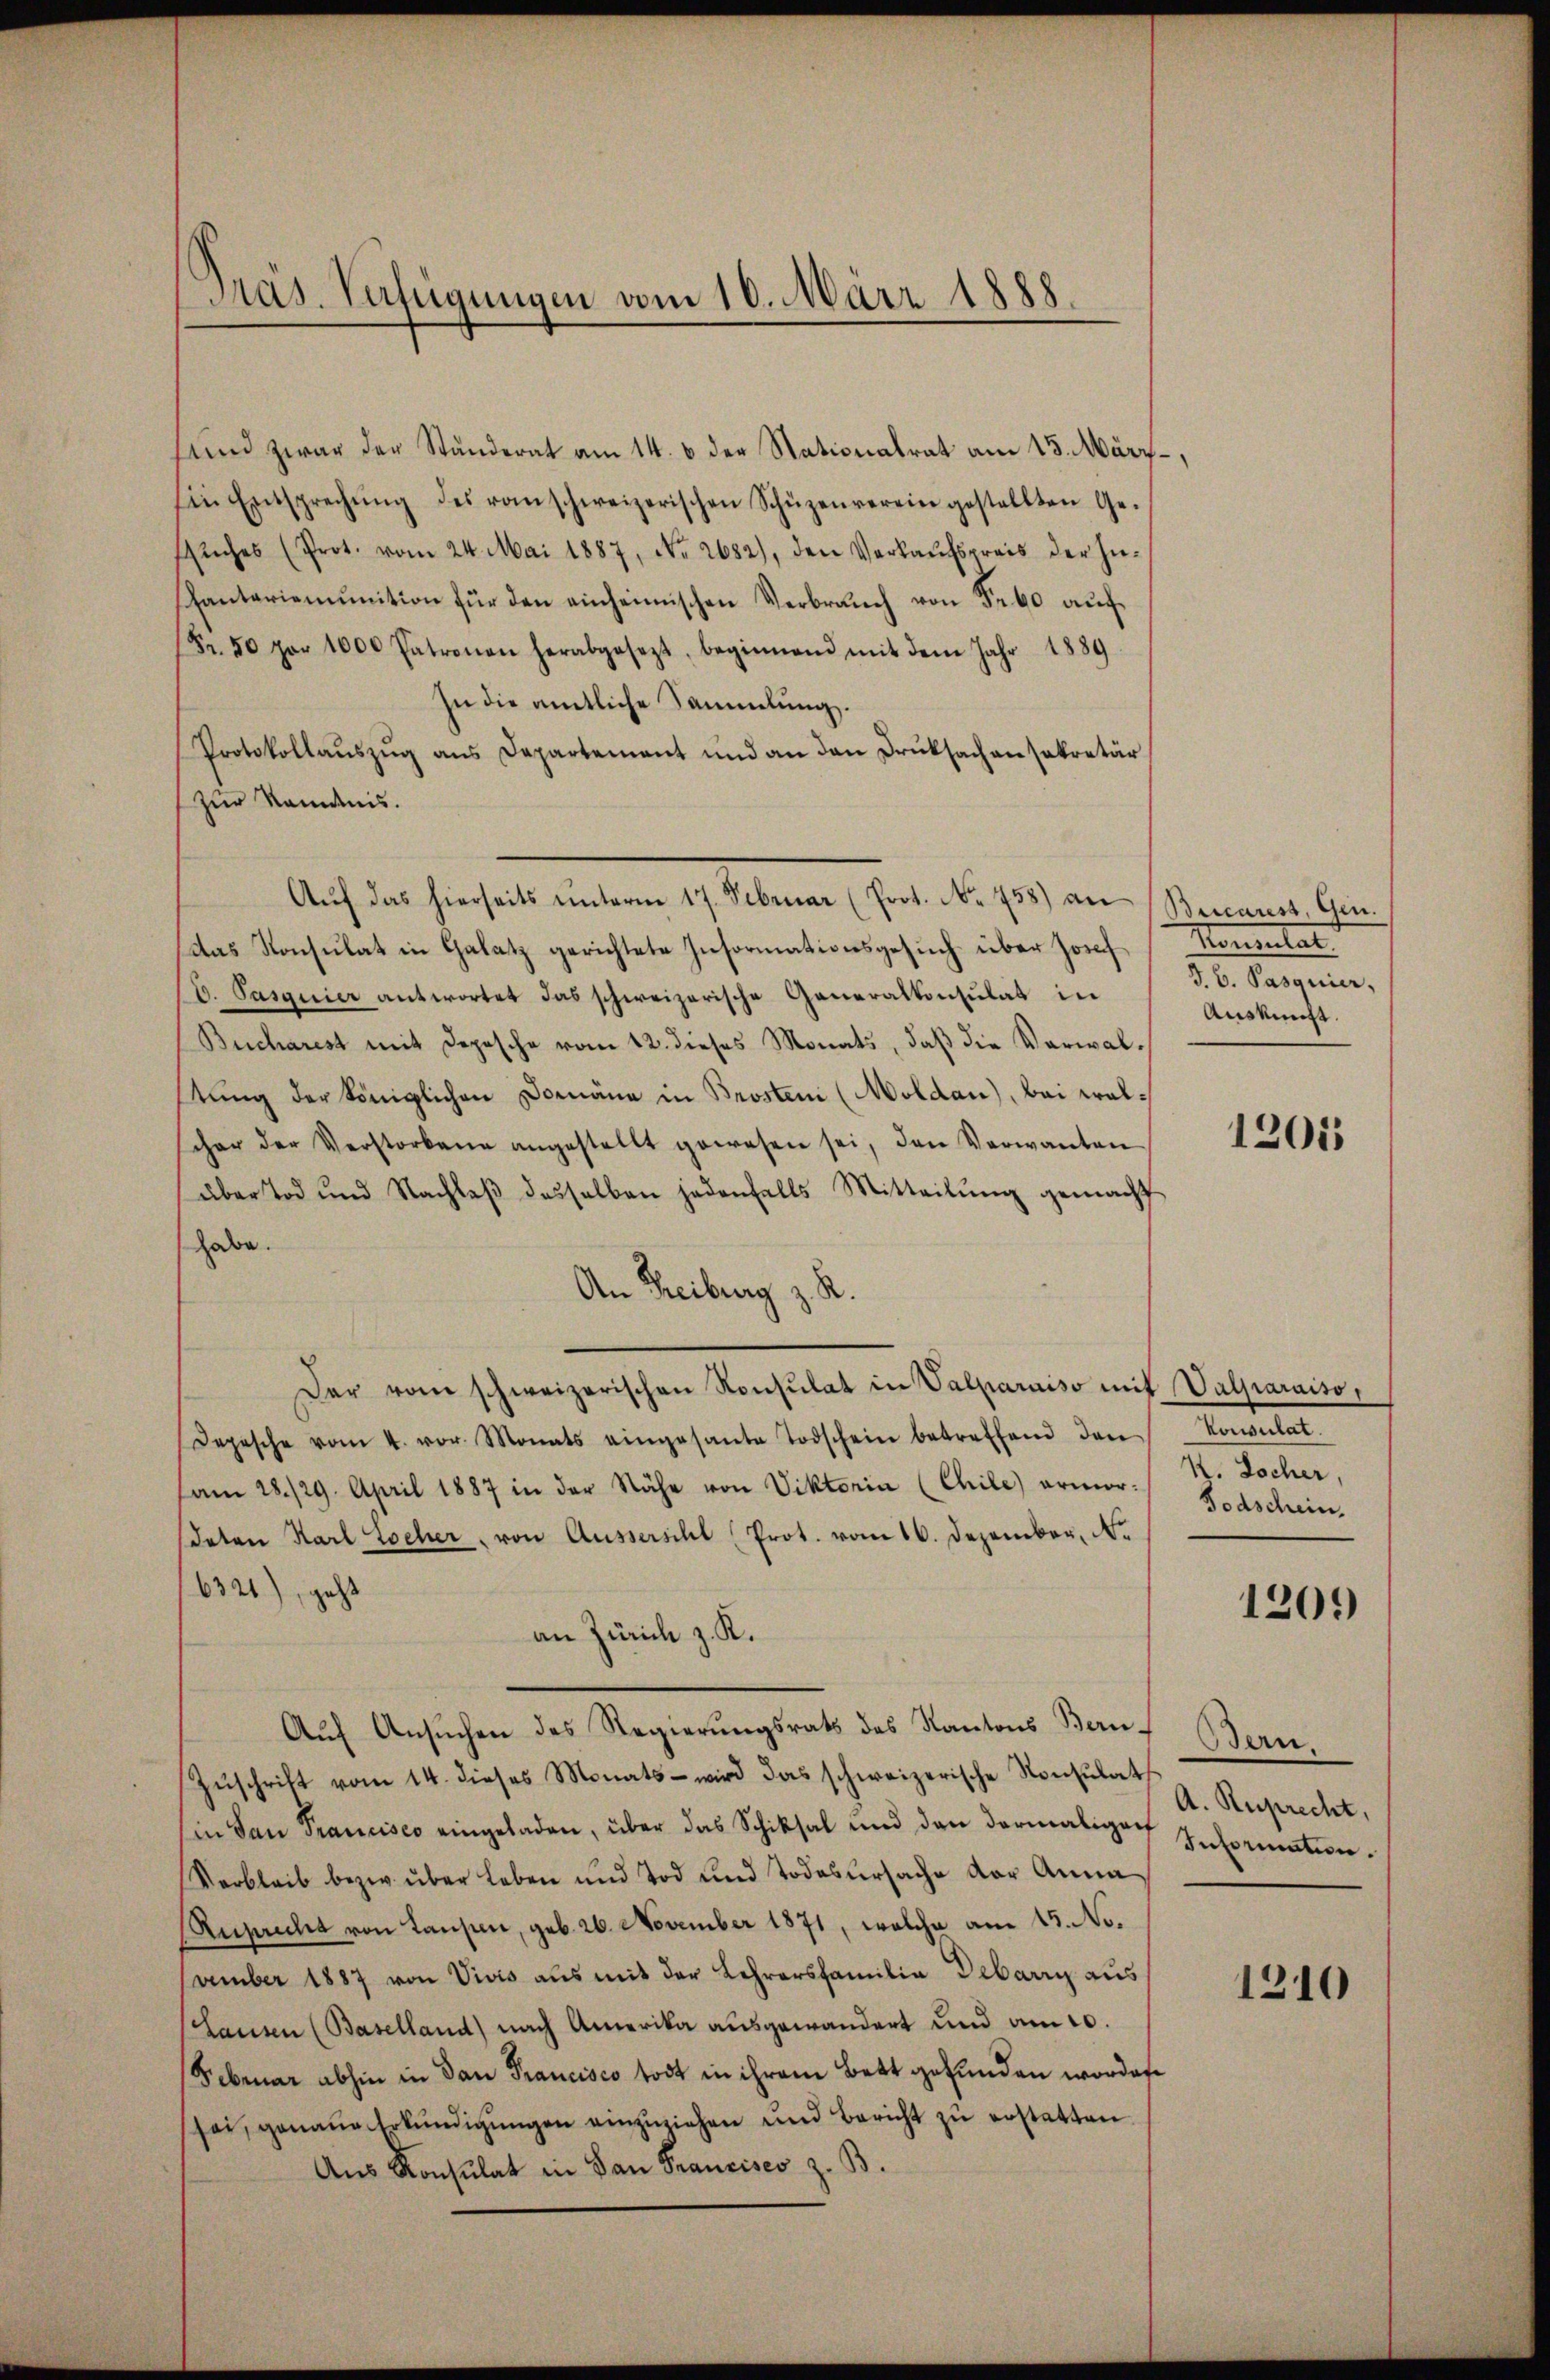
Präs. Verfügungen vom 10. März 1888.

sund zwar der Ständerat am 14. 6 der Stationalrat am 13. März,
in Entsprechŭng des von schweizerischen Schüzenverein gestellten Ge-
suches (Prot. vom 24. Mai 1887, No. 2682), den Verkaufspreis der In¬
Pantariemŭnition für den einheimischen Verbraŭch von 5. 60 aŭf
Fr. 50 por 1000 Patronau herabgesezt, beginnend mit dem Jahr 1889
In die amtliche Sammlung.
Protokollaŭszŭg ans Departement und an den Drucksachen sekretär
zur Randnis.
Aŭf das hierseits ŭnterm 17. Februar (Prot. No. 758) an (Reccarest, Gen.
(das Konsulat in Galatz gerichtete Informationsgesuch über Josef Konsulat
b. Pasquier antwortet das schweizerische Generalkonsulat in
Bucharest mit Depesche vom 12. dieses Monats, daß die Verwalstung der Königlichen Domäne in Brosteni (Moldau), bei walschon der Verstorbene angestellt gewesen sei, den Verwanten
über Tod und Nachlaβ desselben jedenfalls Mitteilŭng gemacht
habe.
An Freiburg z. R.
Der vom schweizerischen Konsulat in Valparaiso mit Valparaiso,
Depesche vom 4. vor. Monats eingesante Todschein betreffend den Konsulat.
am 28./29. April 1887 in der Nähe von Viktoria (Chile) ermor. St. Locher,
daten Karl Locher, von Ausserscht (Prot. vom 16. Dezember, No
6321), geht
an Zürich z. K.
Auf Ansuchen des Regierungsrats des Kantons Ben¬
Zŭschrift vom 14. dieses Monats wird das schweizerische Konsŭlat
Ein San Francisco eingeladen, über das Schiksal und den dermaliger Information.
Verbleib bezw. über Leben und Tod und Todesursache vor Anna
Ansaubet von Laupen, geb. 26. November 1871, welche am 15. No.
vember 1887 von Vivis aus mit der Lehrersfamilia Debarry aus
Lausen (Baselland) nach Amerika ausgewandert und am 10.
Februar abhin in dan Francisco todt in ihrem Bett gefunden worden.
sei, genaue Erkundigungen einzuziehen und Bericht zu erstatten
Aŭs Konsulat in San Franzises z. B.

J. B. Pasquier,
Auskunft.

1201

Todschein.

1209

Bern.
A. Ruprecht,

1310